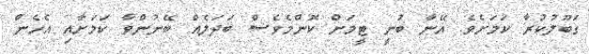
ގަބޫލުކުރާ ކަމަށެވެ. އޭނާ ބުނީ ޓީމަށް ކޮންމެވެސް ބަދަލެއް ބޭނުންވާ ކަމަށާއި އެހެން